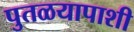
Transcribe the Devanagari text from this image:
पुतळयापाशी